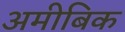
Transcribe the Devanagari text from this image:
अमीबिक